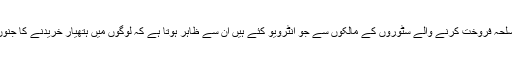
اس تقریر کے بعد اس ٹی وی نیٹ ورک نے چار امریکی ریاستوں میں اسلحہ فروخت کرنے والے سٹوروں کے مالکوں سے جو انٹرویو کئے ہیں اُن سے ظاہر ہوتا ہے کہ لوگوں میں ہتھیار خریدنے کا جنوں سوار ہو گیا ہے اور بعض سٹوروں میں اسلحے کا سٹاک کم پڑ رہا ہے۔